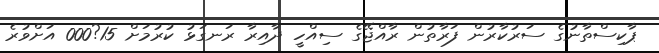
ޕާކިސްތާނުގެ ސަރުކާރުން ފަރާތުން ރާއްޖޭގެ ސިއްހީ ދާއިރާ ރަނގަޅު ކުރުމަށް 15?000 އަށްވުރެ